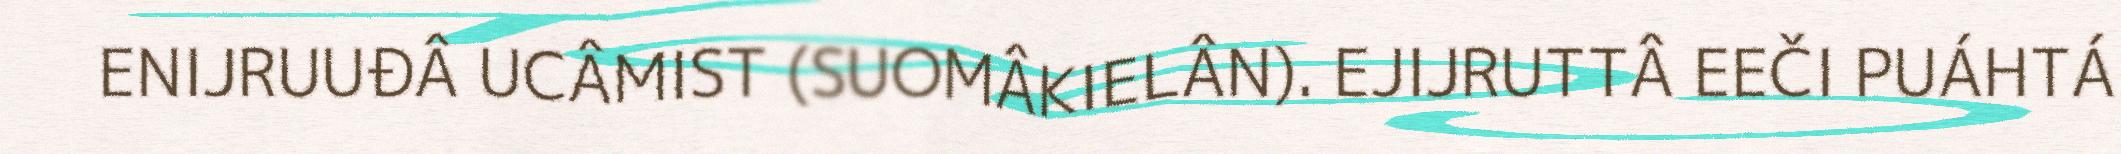
ENIJRUUĐÂ UCÂMIST (SUOMÂKIELÂN). EJIJRUTTÂ EEČI PUÁHTÁ